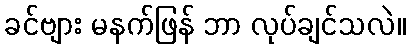
ခင်ဗျား မနက်ဖြန် ဘာ လုပ်ချင်သလဲ။